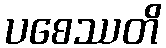
ပစေဿတိ